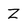
Character: Z